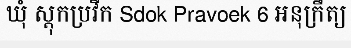
ឃុំ ស្តុកប្រវឹក Sdok Pravoek 6 អនុក្រឹត្យ